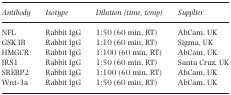
<table><thead><tr><td><b>Antibody</b></td><td><b>Isotype</b></td><td><b>Dilution (time, temp)</b></td><td><b>Supplier</b></td></tr></thead><tbody><tr><td>NFL</td><td>Rabbit IgG</td><td>1:50 (60 min, RT)</td><td>AbCam, UK</td></tr><tr><td>GSK3B</td><td>Rabbit IgG</td><td>1:10 (60 min, RT)</td><td>Sigma, UK</td></tr><tr><td>HMGCR</td><td>Rabbit IgG</td><td>1:100 (60 min, RT)</td><td>AbCam, UK</td></tr><tr><td>IRS1</td><td>Rabbit IgG</td><td>1:50 (60 min, RT)</td><td>Santa Cruz, UK</td></tr><tr><td>SREBP2</td><td>Rabbit IgG</td><td>1:100 (60 min, RT)</td><td>AbCam, UK</td></tr><tr><td>Wnt‐3a</td><td>Rabbit IgG</td><td>1:50 (60 min, RT)</td><td>AbCam, UK</td></tr></tbody></table>